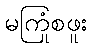
မကြုံစဖူး